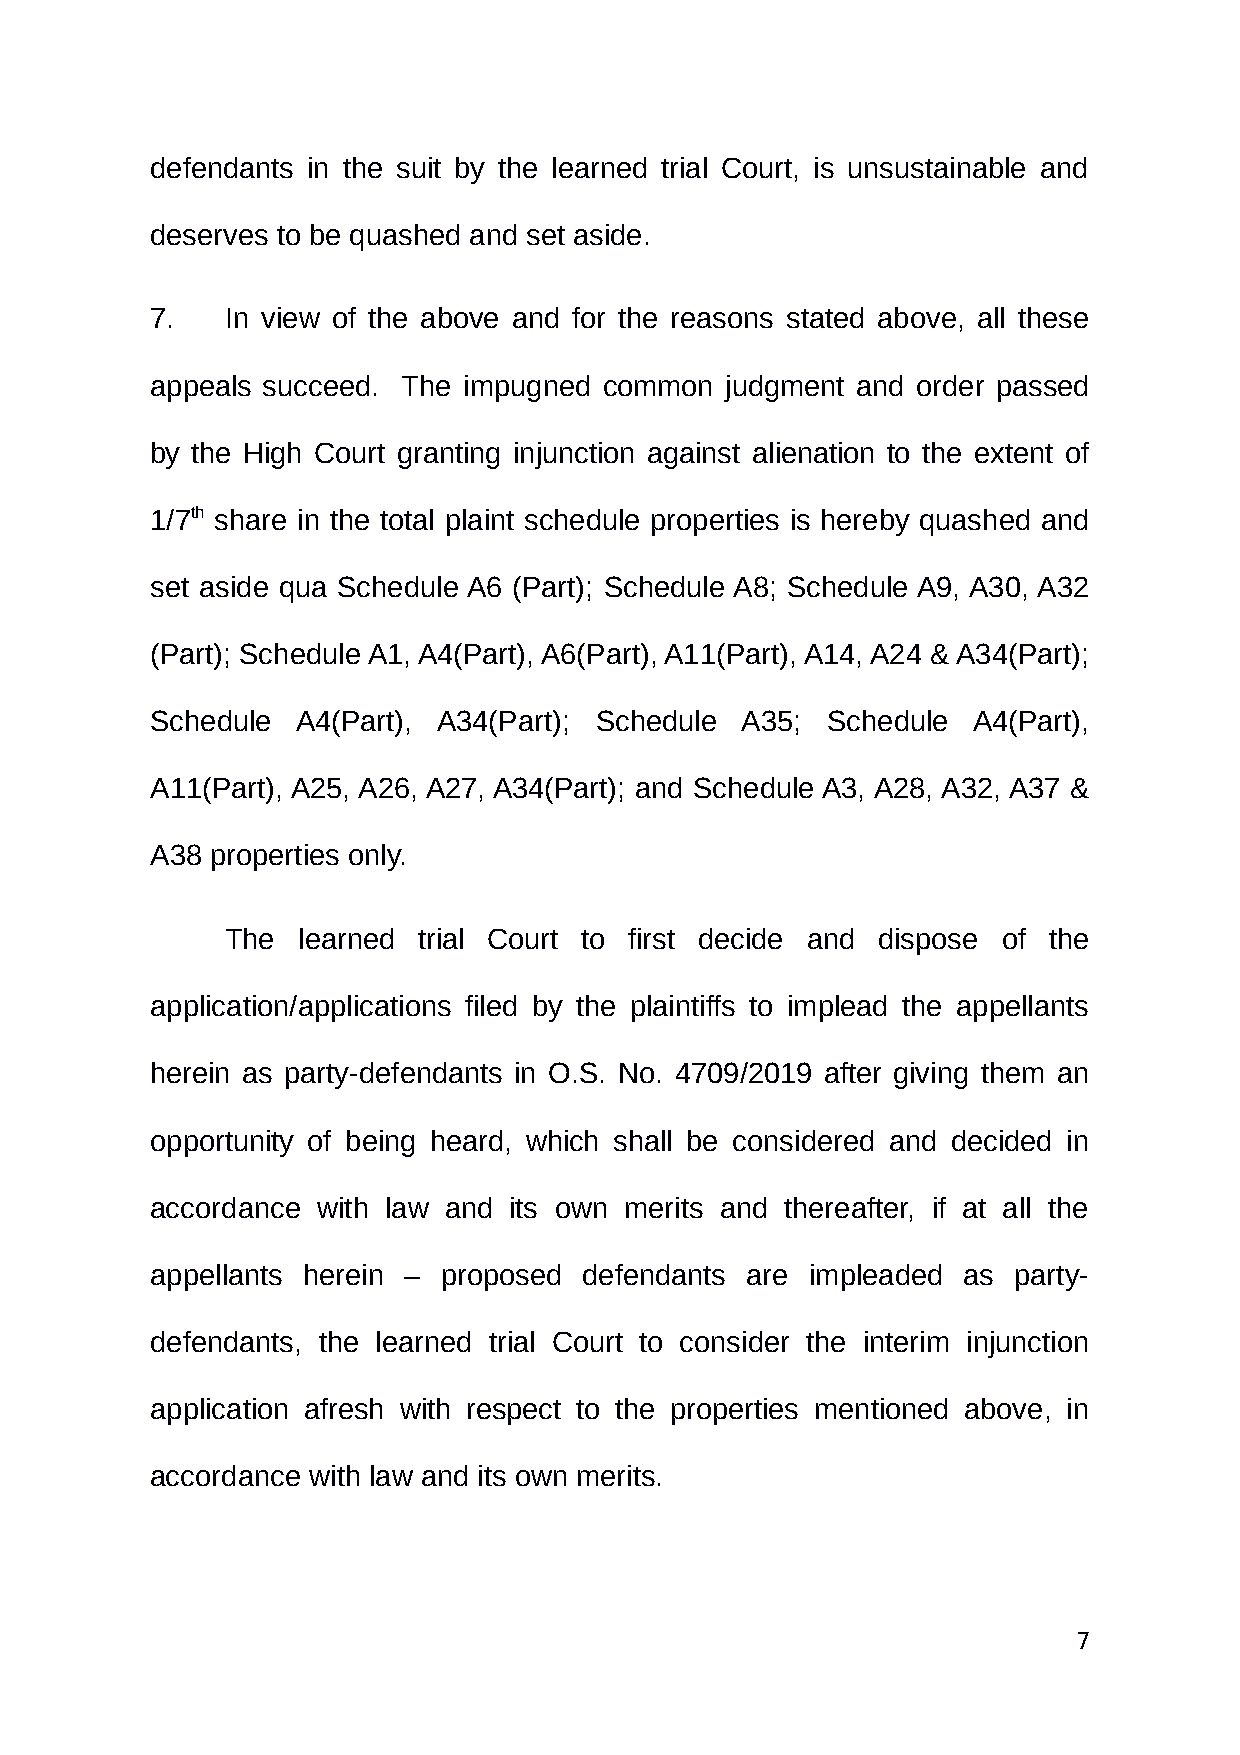
defendants in the suit by the learned trial Court, is unsustainable and
 deserves to be quashed and set aside.
 7.   In view of the above and for the reasons stated above, all these
 appeals succeed. The impugned common  judgment and order passed
 by the High Court granting injunction against alienation to the extent of
 1/7th share in the total plaint schedule properties is hereby quashed and
 set aside qua Schedule A6 (Part); Schedule A8; Schedule A9, A30, A32
 (Part); Schedule A1, A4(Part), A6(Part), A11(Part), A14, A24 & A34(Part);
 Schedule  A4(Part), A34(Part); Schedule A35; Schedule A4(Part),
 A11(Part), A25, A26, A27, A34(Part); and Schedule A3, A28, A32, A37 &
 A38 properties only.
 The  learned trial Court to first decide and dispose of the
 application/applications filed by the plaintiffs to implead the appellants
 herein as party-defendants in O.S. No. 4709/2019 after giving them an
 opportunity of being heard, which shall be considered and decided in
 accordance with law and its own merits and thereafter, if at all the
 appellants herein – proposed defendants are impleaded as party-
 defendants, the learned trial Court to consider the interim injunction
 application afresh with respect to the properties mentioned above, in
 accordance with law and its own merits.
 7